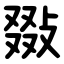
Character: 敠